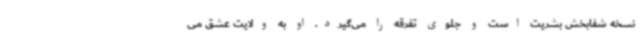
نسخه شفابخش بشریت است و جلوی تفرقه را می‌گیرد. او به ولایت عشق می